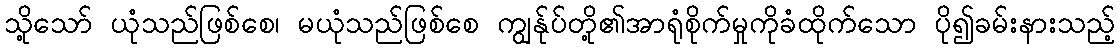
သို့သော် ယုံသည်ဖြစ်စေ၊ မယုံသည်ဖြစ်စေ ကျွန်ုပ်တို့၏အာရုံစိုက်မှုကိုခံထိုက်သော ပို၍ခမ်းနားသည့်